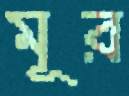
মূর